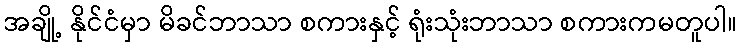
အချို့ နိုင်ငံမှာ မိခင်ဘာသာ စကားနှင့် ရုံးသုံးဘာသာ စကားကမတူပါ။